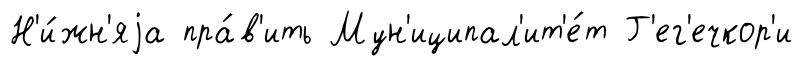
Н'и́жн'яjа пра́в'ить Мун'иципал'ит'е́т Г'ег'ечкор'и